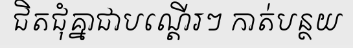
ជិតជុំគ្នាជាបណ្តើរៗ កាត់បន្ថយ